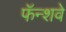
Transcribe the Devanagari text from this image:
फॅन्शवे